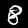
Digit: 8